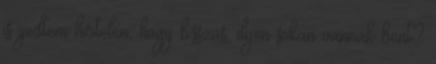
is ijedtem hirtelen, hogy b.sszus, ilyen sokan vannak bent?